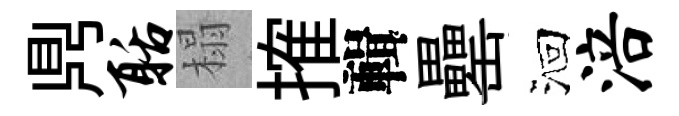
𪔂聒榻搉輯罍洄涪